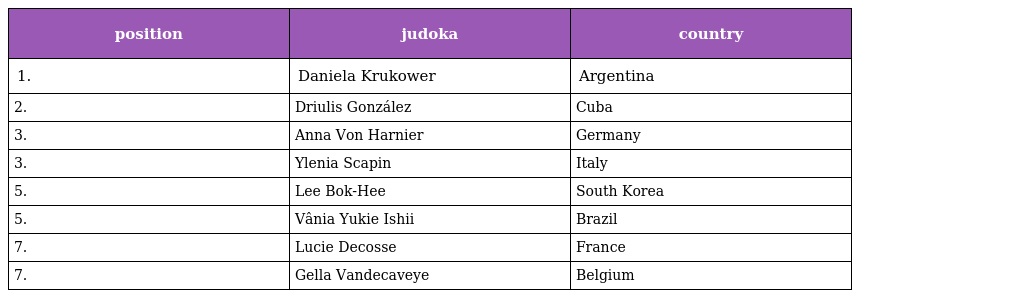
| position | judoka | country |
 | --- | --- | --- |
 | 1. | Daniela Krukower | Argentina |
 | 2. | Driulis González | Cuba |
 | 3. | Anna Von Harnier | Germany |
 | 3. | Ylenia Scapin | Italy |
 | 5. | Lee Bok-Hee | South Korea |
 | 5. | Vânia Yukie Ishii | Brazil |
 | 7. | Lucie Decosse | France |
 | 7. | Gella Vandecaveye | Belgium |